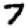
Digit: 7